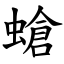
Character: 螥